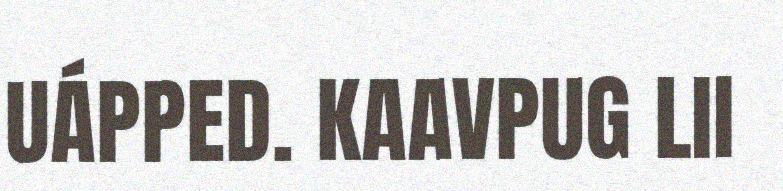
UÁPPED. KAAVPUG LII